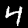
Digit: 4